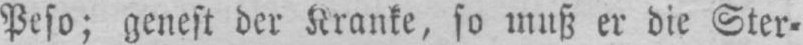
Peso; genest der Kranke, so muss er die Ster⸗